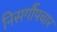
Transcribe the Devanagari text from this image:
निसर्गौपचार